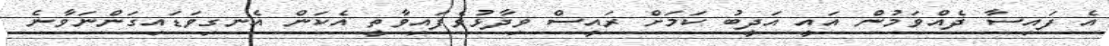
އެ ފައިސާ ދެއްވަމުން އައީ އަދީބު ކަމަށް ރައީސް ވިދާޅުވެފައިވާތީ އެކަން އެނގިވަޑައިގަންނަވާނެ